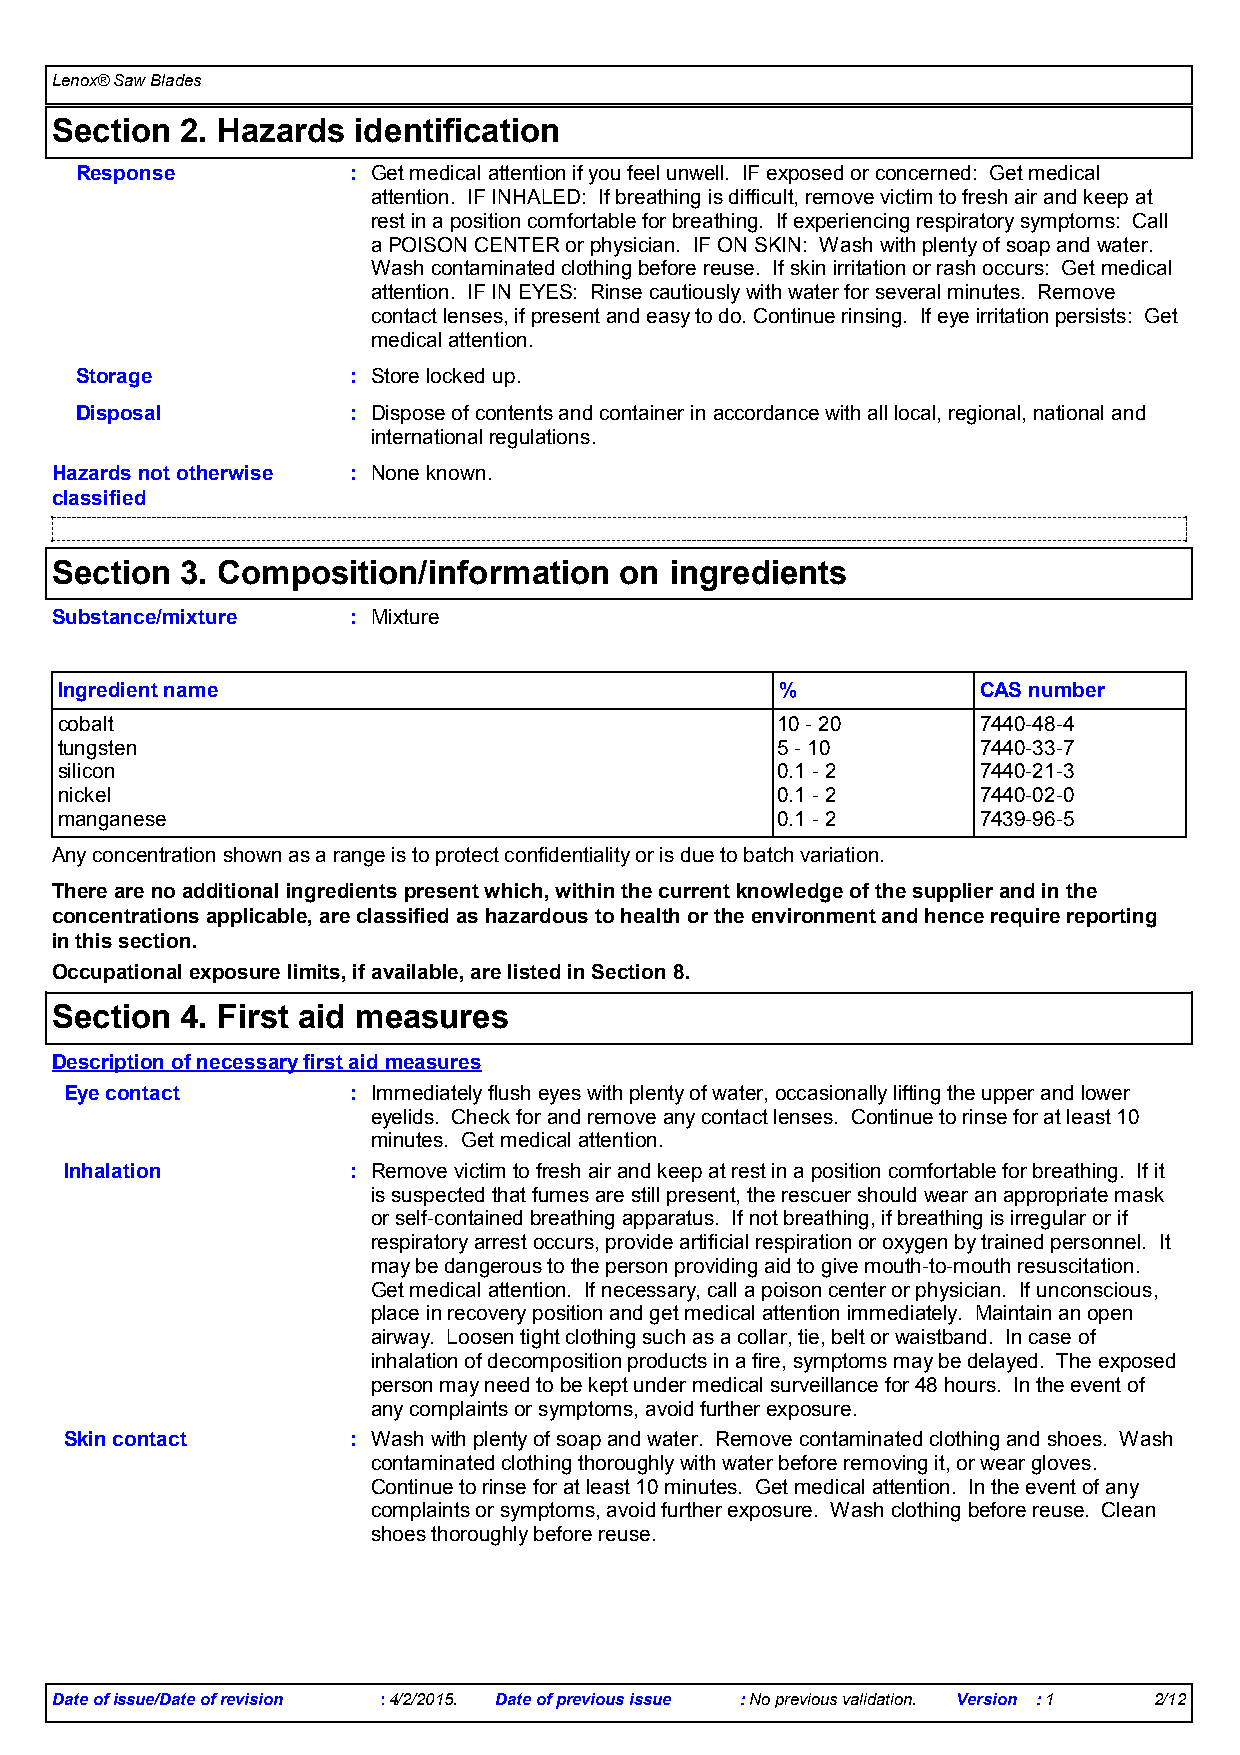
Lenox® Saw Blades
 Section  2. Hazards identification
 Response          : Get medical attention if you feel unwell. IF exposed or concerned: Get medical
 attention. IF INHALED: If breathing is difficult, remove victim to fresh air and keep at
 rest in a position comfortable for breathing. If experiencing respiratory symptoms: Call
 a POISON CENTER or physician. IF ON SKIN: Wash with plenty of soap and water.
 Wash contaminated clothing before reuse. If skin irritation or rash occurs: Get medical
 attention. IF IN EYES: Rinse cautiously with water for several minutes. Remove
 contact lenses, if present and easy to do. Continue rinsing. If eye irritation persists: Get
 medical attention.
 Storage           : Store locked up.
 Disposal          : Dispose of contents and container in accordance with all local, regional, national and
 international regulations.
 Hazards not otherwise : None known.
 classified
 Section  3. Composition/information   on ingredients
 Substance/mixture   : Mixture
 Ingredient name                                 %            CAS number
 cobalt                                         10 - 20       7440-48-4
 tungsten                                       5 - 10        7440-33-7
 silicon                                        0.1 - 2       7440-21-3
 nickel                                         0.1 - 2       7440-02-0
 manganese                                      0.1 - 2       7439-96-5
 Any concentration shown as a range is to protect confidentiality or is due to batch variation.
 There are no additional ingredients present which, within the current knowledge of the supplier and in the
 concentrations applicable, are classified as hazardous to health or the environment and hence require reporting
 in this section.
 Occupational exposure limits, if available, are listed in Section 8.
 Section  4. First aid measures
 Description of necessary first aid measures
 Eye contact        : Immediately flush eyes with plenty of water, occasionally lifting the upper and lower
 eyelids. Check for and remove any contact lenses. Continue to rinse for at least 10
 minutes. Get medical attention.
 Inhalation         : Remove victim to fresh air and keep at rest in a position comfortable for breathing. If it
 is suspected that fumes are still present, the rescuer should wear an appropriate mask
 or self-contained breathing apparatus. If not breathing, if breathing is irregular or if
 respiratory arrest occurs, provide artificial respiration or oxygen by trained personnel. It
 may be dangerous to the person providing aid to give mouth-to-mouth resuscitation.
 Get medical attention. If necessary, call a poison center or physician. If unconscious,
 place in recovery position and get medical attention immediately. Maintain an open
 airway. Loosen tight clothing such as a collar, tie, belt or waistband. In case of
 inhalation of decomposition products in a fire, symptoms may be delayed. The exposed
 person may need to be kept under medical surveillance for 48 hours. In the event of
 any complaints or symptoms, avoid further exposure.
 Skin contact       : Wash with plenty of soap and water. Remove contaminated clothing and shoes. Wash
 contaminated clothing thoroughly with water before removing it, or wear gloves.
 Continue to rinse for at least 10 minutes. Get medical attention. In the event of any
 complaints or symptoms, avoid further exposure. Wash clothing before reuse. Clean
 shoes thoroughly before reuse.
 Date of issue/Date of revision :4/2/2015. Date of previous issue :No previous validation. Version :1 2/12